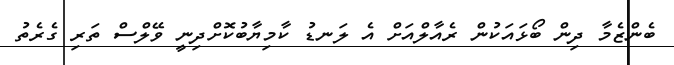
ބެންޒެމާ ދިން ބޯޅައަކުން ރެއާލްއަށް އެ ލަނޑު ކާމިޔާބުކޮށްދިނީ ވޭލްސް ތަރި ގެރެތު